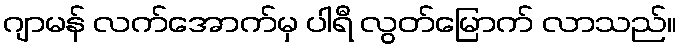
ဂျာမန် လက်အောက်မှ ပါရီ လွတ်မြောက် လာသည်။